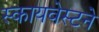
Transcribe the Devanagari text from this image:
स्कायवेस्टने